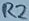
Text: R2